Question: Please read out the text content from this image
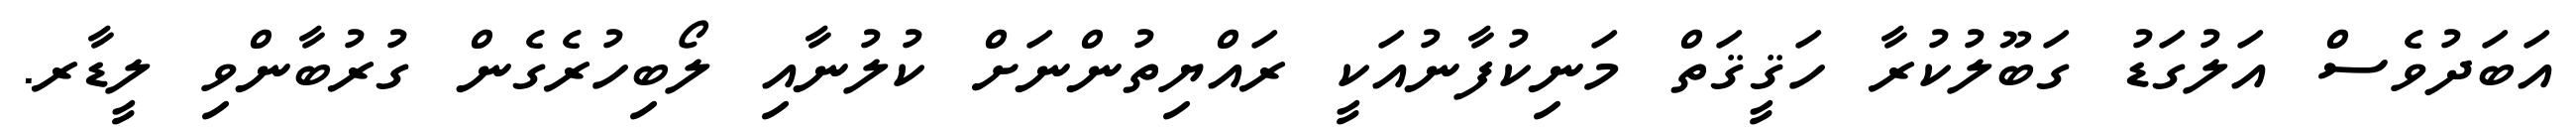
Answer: އަބަދުވެސް އަލުގަޑު ގަބޫލުކުރާ ހަޤީޤަތް މަނިކުފާނުއަކީ ރައްޔިތުންނަށް ކުލުނާއި ލޯބިހުރެގެން ގުރުބާންވި ލީޑާރ.